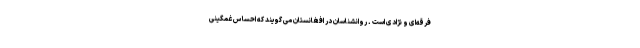
فرقه‌ای و نژادی است . روانشناسان در افغانستان می گویند که احساس غمگینی